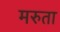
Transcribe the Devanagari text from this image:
मरुता